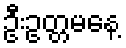
ဦးဥတ္တမနေ့